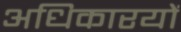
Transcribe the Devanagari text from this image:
अधिकारयों